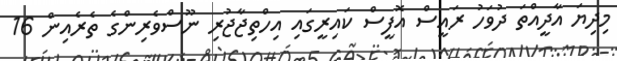
މިދިޔަ އާދީއްތަ ދުވަހު ރައީސް އޮފީސް ކައިރީގައި އިހްތިޖާޖުރި ނޫސްވެރިންގެ ތެރެއިން 16